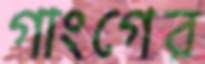
গাংগের